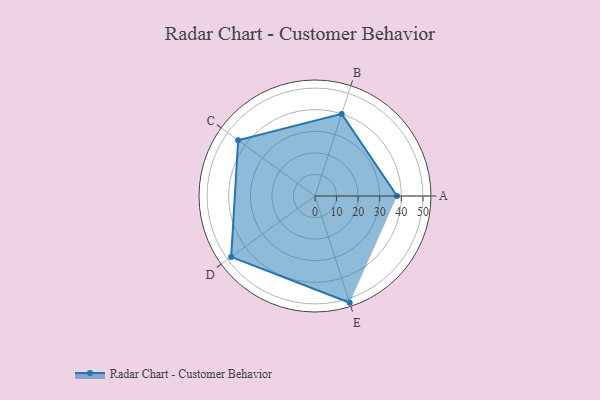
{"axis": {"x": "Skill", "y": "Score"}, "legend": ["Profile"], "data": [{"x": "A", "y": 38.0, "type": "Profile"}, {"x": "B", "y": 40.0, "type": "Profile"}, {"x": "C", "y": 44.0, "type": "Profile"}, {"x": "D", "y": 48.0, "type": "Profile"}, {"x": "E", "y": 52.0, "type": "Profile"}]}